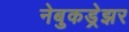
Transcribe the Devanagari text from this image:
नेबुकड्रेझर